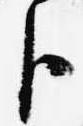
臣